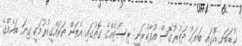
ކުޑަބަނޑޮހުގައި ބަޔަކު ދަތުރުގޮސް އުފާކުރަނީ: ރިސޯޓެއްގެ ގޮތުގައި އެތަން ތަރައްގީކުރުމަކީ ގިނަ ބައެއްގެ